Annual report of the Punjab Veterinary College and of the Civil Veterinary Department, Punjab - 1926-1932
Year: 1926
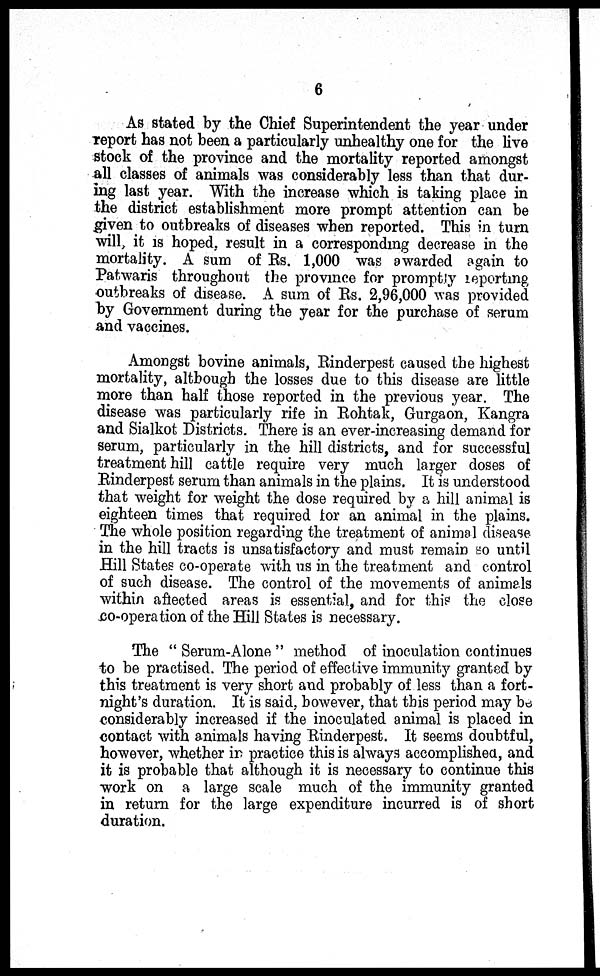
6
As stated by the Chief Superintendent the year under
report has not been a particularly unhealthy one for the live
stock of the province and the mortality reported amongst
all classes of animals was considerably less than that dur-
ing last year. With the increase which is taking place in
the district establishment more prompt attention can be
given to outbreaks of diseases when reported. This in turn
will, it is hoped, result in a corresponding decrease in the
mortality. A sum of Rs. 1,000 was awarded again to
Patwaris throughout the province for promptly reporting
outbreaks of disease. A sum of Rs. 2,96,000 was provided
by Government during the year for the purchase of serum
and vaccines.
Amongst bovine animals, Rinderpest caused the highest
mortality, although the losses due to this disease are little
more than half those reported in the previous year. The
disease was particularly rife in Rohtak, Gurgaon, Kangra
and Sialkot Districts. There is an ever-increasing demand for
serum, particularly in the hill districts, and for successful
treatment hill cattle require very much larger doses of
Rinderpest serum than animals in the plains. It is understood
that weight for weight the dose required by a hill animal is
eighteen times that required for an animal in the plains.
The whole position regarding the treatment of animal disease
in the hill tracts is unsatisfactory and must remain so until
Hill States co-operate with us in the treatment and control
of such disease. The control of the movements of animals
within affected areas is essential, and for this the close
co-operation of the Hill States is necessary.
The "Serum-Alone" method of inoculation continues
to be practised. The period of effective immunity granted by
this treatment is very short and probably of less than a fort-
night's duration. It is said, however, that this period may be,
considerably increased if the inoculated animal is placed in
contact with animals having Rinderpest. It seems doubtful,
however, whether in practice this is always accomplished, and
it is probable that although it is necessary to continue this
work on a large scale much of the immunity granted
in return for the large expenditure incurred is of short
duration.